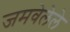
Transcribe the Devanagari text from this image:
जमवेलेले